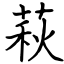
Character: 萩